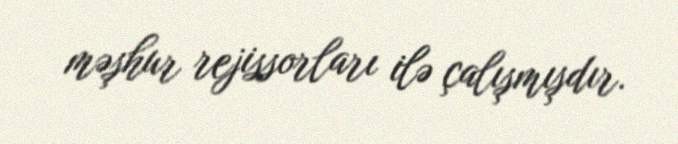
məşhur rejissorları ilə çalışmışdır.